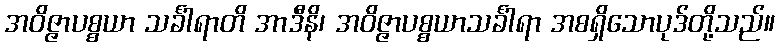
အဝိဇ္ဇာပစ္စယာ သင်္ခါရာတိ အာဒီနိ၊ အဝိဇ္ဇာပစ္စယာသင်္ခါရာ အစရှိသောပုဒ်တို့သည်။